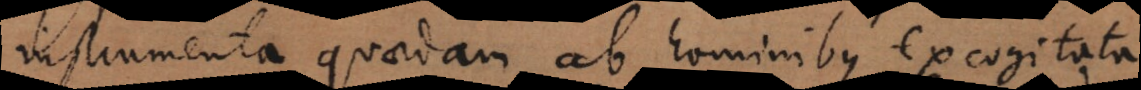
instrumenta quaedam ab hominibus excogitata